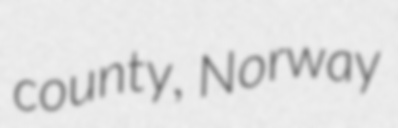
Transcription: county, Norway